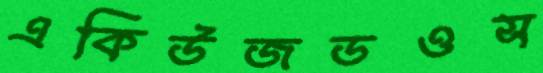
একিউজডওস